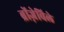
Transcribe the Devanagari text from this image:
ब्रोंज़ेविले